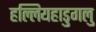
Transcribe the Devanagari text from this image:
हल्लियहाडुगलु